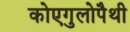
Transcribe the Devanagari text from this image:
कोएगुलोपैथी